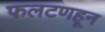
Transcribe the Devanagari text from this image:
फलटणहून